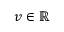
v \in \mathbb { R }